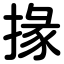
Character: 掾